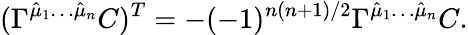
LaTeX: (\Gamma^{\hat{\mu}_{1}\dots\hat{\mu}_{n}}C)^{T}=-(-1)^{n(n+1)/2}\Gamma^{\hat{\mu}_{1}\dots\hat{\mu}_{n}}C.